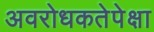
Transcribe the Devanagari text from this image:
अवरोधकतेपेक्षा